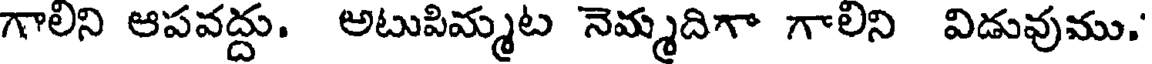
గాలిని ఆపవద్దు. అటుపిమ్మట నెమ్మదిగా గాలిని విడువుము.